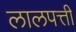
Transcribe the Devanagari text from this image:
लालपत्ती